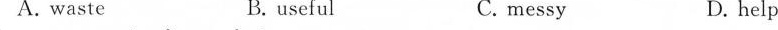
A. waste B.useful C.messy D. help